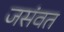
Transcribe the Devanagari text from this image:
जसंवत